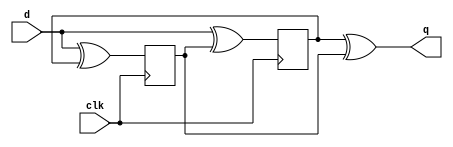
/*
You're familiar with flip-flops that are triggered on the
positive edge of the clock, or negative edge of the clock.
A dual-edge triggered flip-flop is triggered on both edges
of the clock. However, FPGAs don't have dual-edge triggered
flip-flops, and always @(posedge clk or negedge clk) is not
accepted as a legal sensitivity list.

Build a circuit that functionally behaves like a dual-edge triggered flip-flop
*/

module top_module (
    input clk,
    input d,
    output q
);
    reg p, n;
    always @ (posedge clk) begin
        p <= d ^ n;
    end
    
    always @ (negedge clk) begin
        n <= d ^ p;
    end
    
    assign q = p ^ n;

endmodule